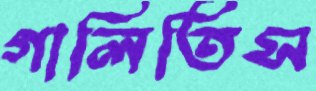
গালিতিস